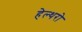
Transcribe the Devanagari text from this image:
हेल्थरो